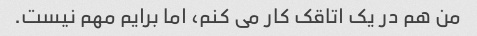
من هم در یک اتاقک کار می کنم، اما برایم مهم نیست.